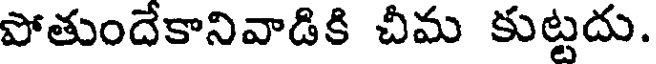
పోతుందేకానివాడికి చీమ కుట్టదు.